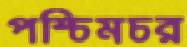
পশ্চিমচর